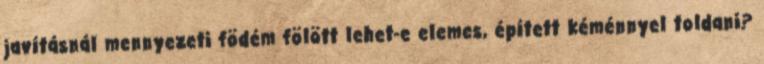
javításnál mennyezeti födém fölött lehet-e elemes, épített kéménnyel toldani?